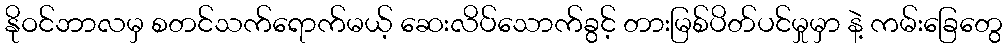
နိုဝင်ဘာလမှ စတင်သက်ရောက်မယ့် ဆေးလိပ်သောက်ခွင့် တားမြစ်ပိတ်ပင်မှုမှာ နဲ့ ကမ်းခြေတွေ